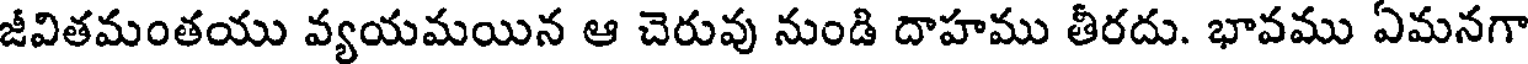
జీవితమంతయు వ్యయమయిన ఆ చెరువు నుండి దాహము తీరదు. భావము ఏమనగా